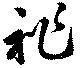
祚